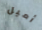
أميل